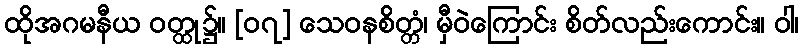
ထိုအဂမနီယ ဝတ္ထု၌။ [၀၇] သေဝနစိတ္တံ၊ မှီဝဲကြောင်း စိတ်လည်းကောင်း။ ဝါ၊